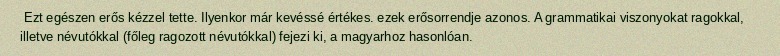
Ezt egészen erős kézzel tette. Ilyenkor már kevéssé értékes. ezek erősorrendje azonos. A grammatikai viszonyokat ragokkal, illetve névutókkal (főleg ragozott névutókkal) fejezi ki, a magyarhoz hasonlóan.